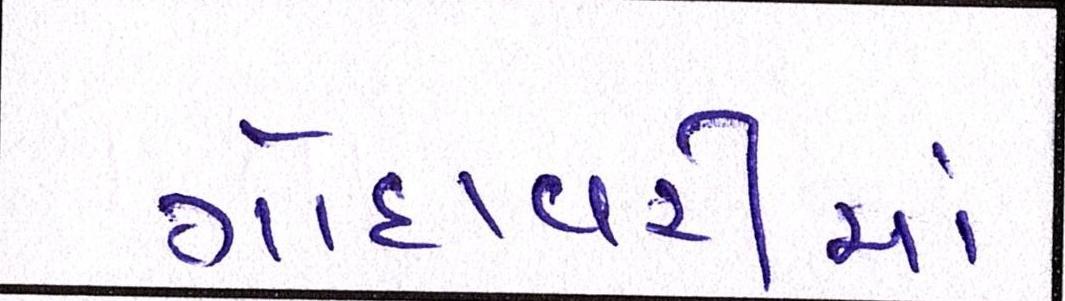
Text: ગોદાવરીમાં